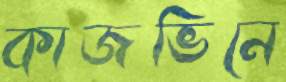
কাজভিনে